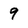
Character: 9